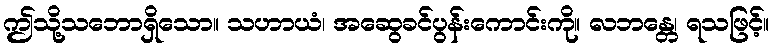
ဤသို့သဘောရှိသော။ သဟာယံ၊ အဆွေခင်ပွန်းကောင်းကို။ လဘန္တေ၊ ရသဖြင့်။